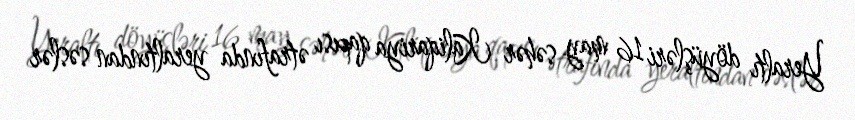
Yeraltı döyüşləri 16 may səhər Kaliqariya qapısı ətrafında yeraltından səslər